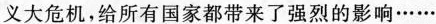
义大危机，给所有国家都带来了强烈的影响······